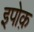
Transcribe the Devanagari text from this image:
इपोक़